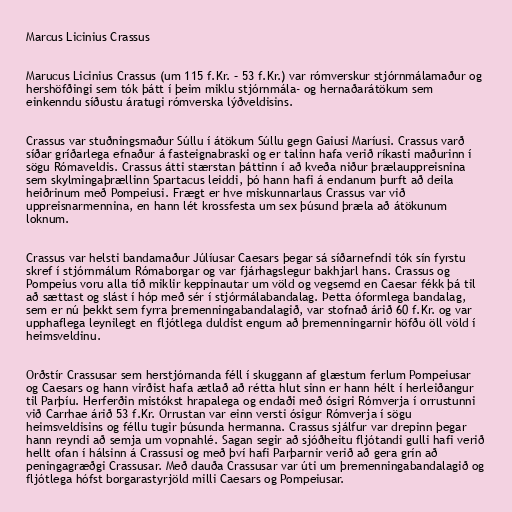
Marcus Licinius Crassus

Marucus Licinius Crassus (um 115 f.Kr. – 53 f.Kr.) var rómverskur stjórnmálamaður og
hershöfðingi sem tók þátt í þeim miklu stjórnmála- og hernaðarátökum sem
einkenndu síðustu áratugi rómverska lýðveldisins.

Crassus var stuðningsmaður Súllu í átökum Súllu gegn Gaiusi Maríusi. Crassus varð
síðar gríðarlega efnaður á fasteignabraski og er talinn hafa verið ríkasti maðurinn í
sögu Rómaveldis. Crassus átti stærstan þáttinn í að kveða niður þrælauppreisnina
sem skylmingaþrællinn Spartacus leiddi, þó hann hafi á endanum þurft að deila
heiðrinum með Pompeiusi. Frægt er hve miskunnarlaus Crassus var við
uppreisnarmennina, en hann lét krossfesta um sex þúsund þræla að átökunum
loknum.

Crassus var helsti bandamaður Júlíusar Caesars þegar sá síðarnefndi tók sín fyrstu
skref í stjórnmálum Rómaborgar og var fjárhagslegur bakhjarl hans. Crassus og
Pompeius voru alla tíð miklir keppinautar um völd og vegsemd en Caesar fékk þá til
að sættast og slást í hóp með sér í stjórmálabandalag. Þetta óformlega bandalag,
sem er nú þekkt sem fyrra þremenningabandalagið, var stofnað árið 60 f.Kr. og var
upphaflega leynilegt en fljótlega duldist engum að þremenningarnir höfðu öll völd í
heimsveldinu.

Orðstír Crassusar sem herstjórnanda féll í skuggann af glæstum ferlum Pompeiusar
og Caesars og hann virðist hafa ætlað að rétta hlut sinn er hann hélt í herleiðangur
til Parþíu. Herferðin mistókst hrapalega og endaði með ósigri Rómverja í orrustunni
við Carrhae árið 53 f.Kr. Orrustan var einn versti ósigur Rómverja í sögu
heimsveldisins og féllu tugir þúsunda hermanna. Crassus sjálfur var drepinn þegar
hann reyndi að semja um vopnahlé. Sagan segir að sjóðheitu fljótandi gulli hafi verið
hellt ofan í hálsinn á Crassusi og með því hafi Parþarnir verið að gera grín að
peningagræðgi Crassusar. Með dauða Crassusar var úti um þremenningabandalagið og
fljótlega hófst borgarastyrjöld milli Caesars og Pompeiusar.